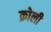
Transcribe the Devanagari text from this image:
क्रोली